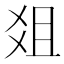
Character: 爼